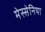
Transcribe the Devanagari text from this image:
मेस्सेनिया